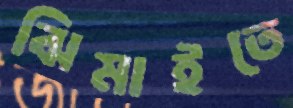
ঝিমাইতে